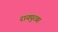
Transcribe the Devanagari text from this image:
रायपुरबा